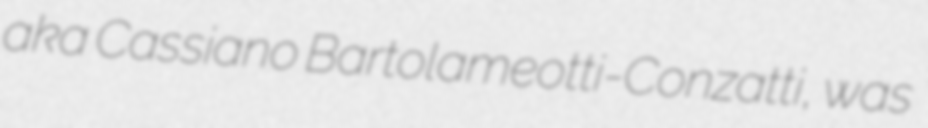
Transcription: aka Cassiano Bartolameotti-Conzatti, was